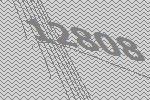
12808